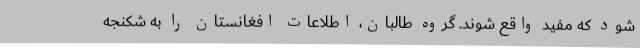
شود که مفید واقع شوند. گروه طالبان، اطلاعات افغانستان را به شکنجه